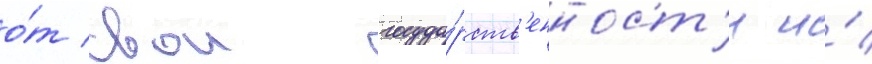
о́т свои госуда́рств'енност'и и́